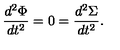
{ \frac { d ^ { 2 } \Phi } { d t ^ { 2 } } } = 0 = { \frac { d ^ { 2 } \Sigma } { d t ^ { 2 } } } .